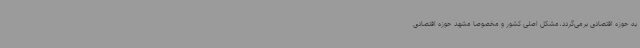
به حوزه اقتصادی برمی‌گردد،مشکل اصلی کشور و مخصوصا مشهد حوزه اقتصادی